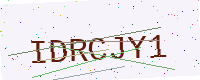
Text: IDRCJY1